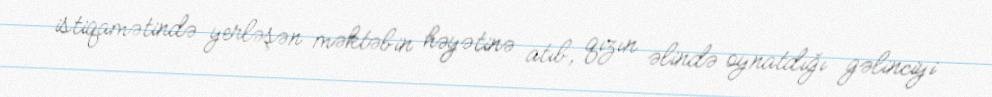
istiqamətində yerləşən məktəbin həyətinə atıb, qızın əlində oynatdığı gəlinciyi